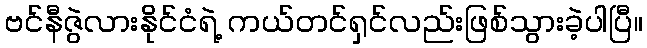
ဗင်နီဇွဲလားနိုင်ငံရဲ့ ကယ်တင်ရှင်လည်းဖြစ်သွားခဲ့ပါပြီ။